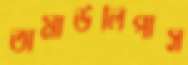
তামাউলিপাস